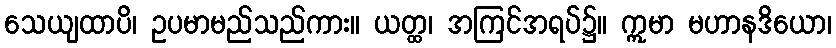
သေယျထာပိ၊ ဥပမာမည်သည်ကား။ ယတ္ထ၊ အကြင်အရပ်၌။ ဣမာ မဟာနဒိယော၊